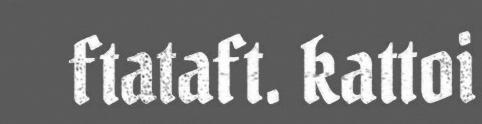
ftataft. kattoi